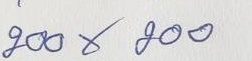
200 x 200